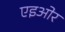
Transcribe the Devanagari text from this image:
एइओर